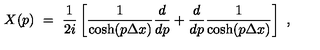
X ( p ) \ = \ { \frac { 1 } { 2 i } } \left[ { \frac { 1 } { \cosh ( p \Delta x ) } } { \frac { d } { d p } } + { \frac { d } { d p } } { \frac { 1 } { \cosh ( p \Delta x ) } } \right] \ ,